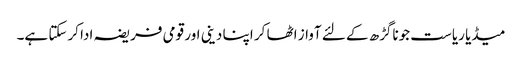
میڈیا ریاست جوناگڑھ کے لئے آواز اٹھا کر اپنا دینی اور قومی فریضہ ادا کرسکتا ہے۔